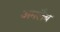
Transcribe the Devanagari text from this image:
अमलैब